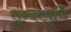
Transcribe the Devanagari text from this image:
सुन्दरमुर्थि